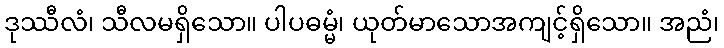
ဒုဿီလံ၊ သီလမရှိသော။ ပါပဓမ္မံ၊ ယုတ်မာသောအကျင့်ရှိသော။ အညံ၊